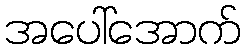
အပေါ်အောက်